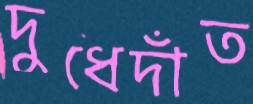
দুধেদাঁত